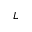
L